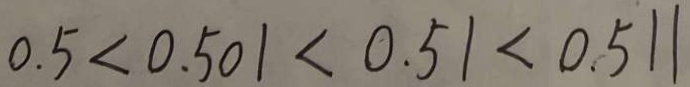
0 . 5 < 0 . 5 0 1 < 0 . 5 1 < 0 . 5 1 1